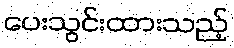
ပေးသွင်းထားသည့်